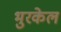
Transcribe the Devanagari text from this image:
भुरकेल